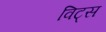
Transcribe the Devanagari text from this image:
विट्स